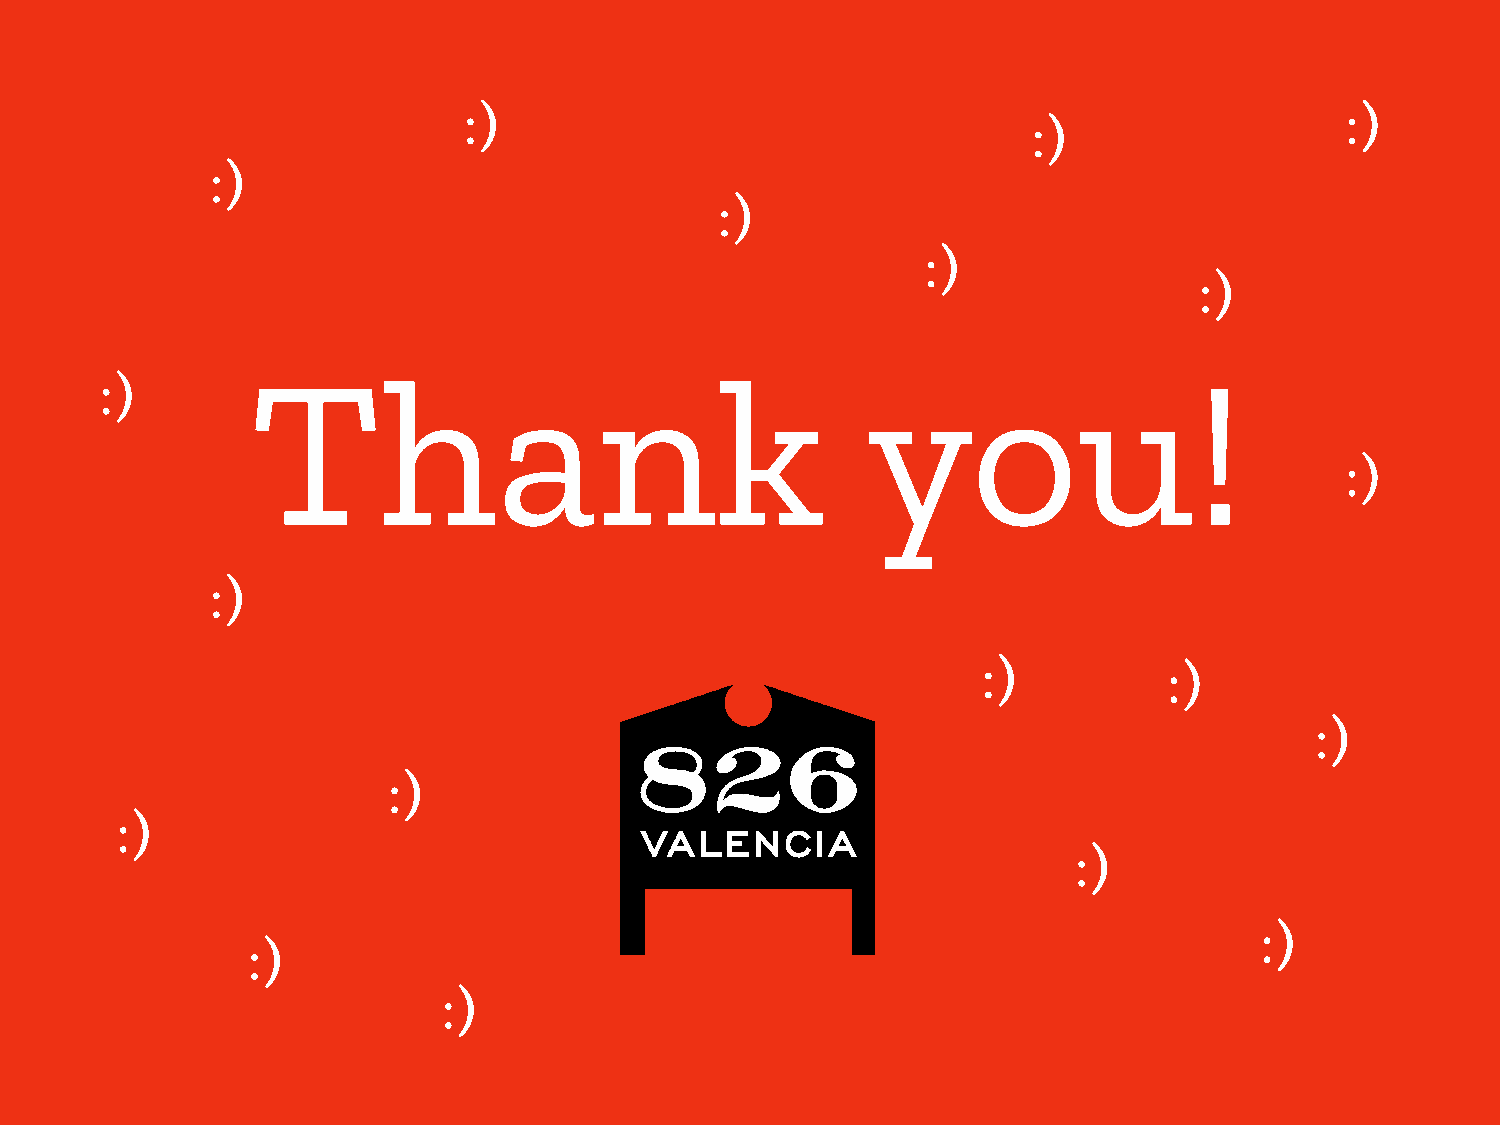
:)                                                        :)
 :)
 :)
 :)
 :)
 :)
 Thank                                   you!
 :)
 :)
 :)
 :)          :)
 :)
 :)
 :)
 :)
 :)
 :)
 :)